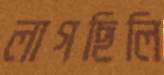
লাগছিলি